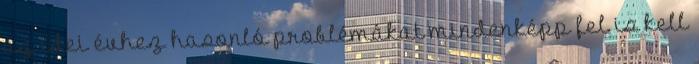
az idei évhez hasonló problémákat mindenképp fel is kell